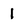
Character: 1